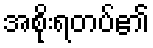
အစိုးရတပ်၏